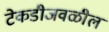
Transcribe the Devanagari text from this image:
टेकडीजवळील